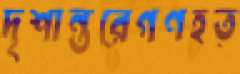
দৃশান্তরেগণহত্